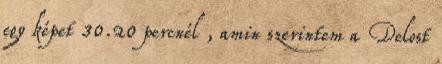
egy képet 30.20 percnél , amin szerintem a Delost